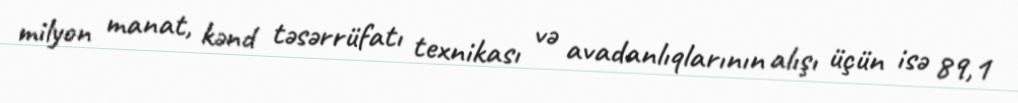
milyon manat, kənd təsərrüfatı texnikası və avadanlıqlarının alışı üçün isə 89,1